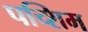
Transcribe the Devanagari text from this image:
पच्शिम